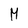
Character: M